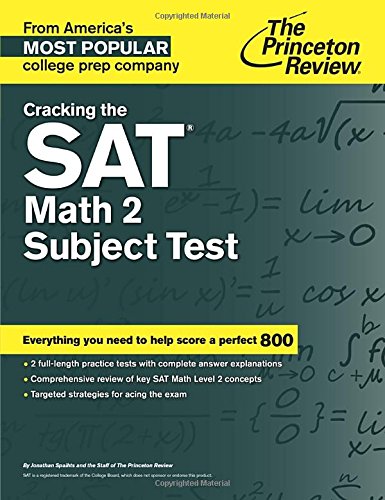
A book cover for Cracking the SAT Math 2 Subject Test (College Test Preparation); Princeton Review; Test Preparation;